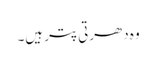
وہ دھرتی پتر ہیں۔